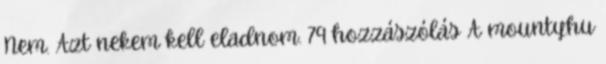
Nem. Azt nekem kell eladnom. 79 hozzászólás A mounty.hu